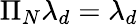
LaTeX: \Pi_{N}\lambda_{d}=\lambda_{d}